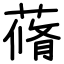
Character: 蓨